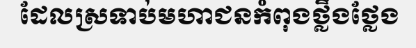
ដែលស្រទាប់មហាជនកំពុងថ្លឹងថ្លែង